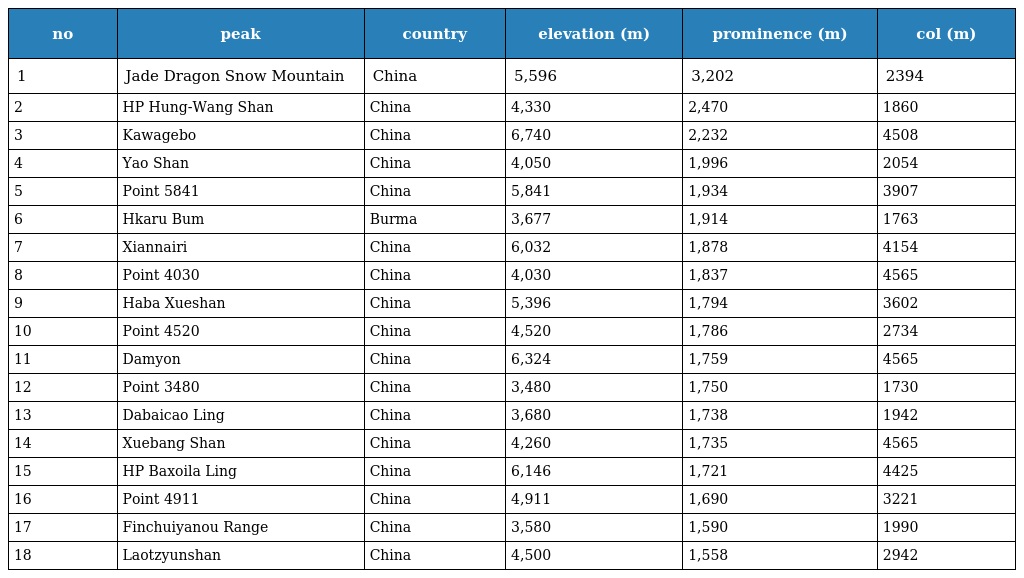
| no | peak | country | elevation (m) | prominence (m) | col (m) |
 | --- | --- | --- | --- | --- | --- |
 | 1 | Jade Dragon Snow Mountain | China | 5,596 | 3,202 | 2394 |
 | 2 | HP Hung-Wang Shan | China | 4,330 | 2,470 | 1860 |
 | 3 | Kawagebo | China | 6,740 | 2,232 | 4508 |
 | 4 | Yao Shan | China | 4,050 | 1,996 | 2054 |
 | 5 | Point 5841 | China | 5,841 | 1,934 | 3907 |
 | 6 | Hkaru Bum | Burma | 3,677 | 1,914 | 1763 |
 | 7 | Xiannairi | China | 6,032 | 1,878 | 4154 |
 | 8 | Point 4030 | China | 4,030 | 1,837 | 4565 |
 | 9 | Haba Xueshan | China | 5,396 | 1,794 | 3602 |
 | 10 | Point 4520 | China | 4,520 | 1,786 | 2734 |
 | 11 | Damyon | China | 6,324 | 1,759 | 4565 |
 | 12 | Point 3480 | China | 3,480 | 1,750 | 1730 |
 | 13 | Dabaicao Ling | China | 3,680 | 1,738 | 1942 |
 | 14 | Xuebang Shan | China | 4,260 | 1,735 | 4565 |
 | 15 | HP Baxoila Ling | China | 6,146 | 1,721 | 4425 |
 | 16 | Point 4911 | China | 4,911 | 1,690 | 3221 |
 | 17 | Finchuiyanou Range | China | 3,580 | 1,590 | 1990 |
 | 18 | Laotzyunshan | China | 4,500 | 1,558 | 2942 |